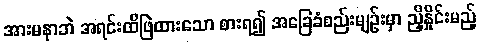
အားမနာဘဲ အရင်းထိဖြဲထားသော စားရ၍ အခြေခံစည်းမျဉ်းမှာ ညှိနှိုင်းမည့်